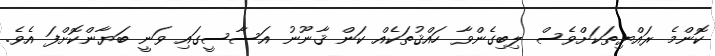
ކޮންމެ ރައްޔިތަކަށްވެސް ލިބިގެންވާ ހައްޤުތަކެއް ކަން ޤާނޫނު އަސާސީގައި ވަނީ ބަޔާންކޮށްފަ އެވެ.